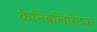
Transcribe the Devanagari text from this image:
कैनिबलिस्टिक